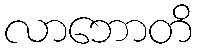
လာဘောတိ